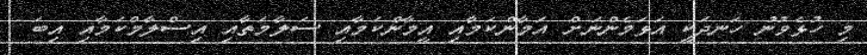
މި ހުޅެވުނު ހަނދަކީ އަޅަމެންނަށް އަމާންކަމާއި އީމާންކަމާއި ސަލާމަތާއި އިސްލާމްކަމާއި އިބަ